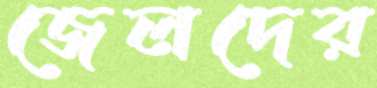
জেলদের